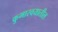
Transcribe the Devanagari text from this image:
कुमारवयातील